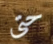
حتى